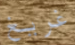
غريغ